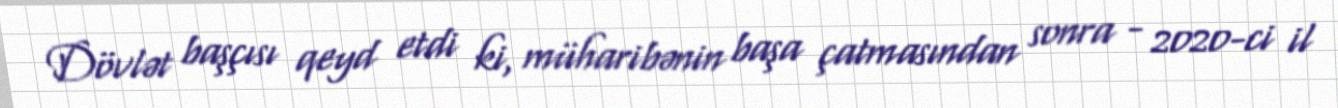
Dövlət başçısı qeyd etdi ki, müharibənin başa çatmasından sonra - 2020-ci il